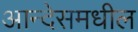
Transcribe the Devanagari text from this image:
आन्देसमधील